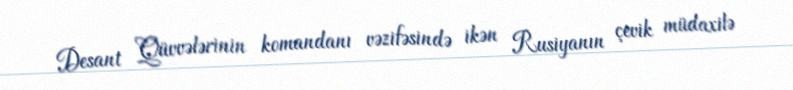
Desant Qüvvələrinin komandanı vəzifəsində ikən Rusiyanın çevik müdaxilə